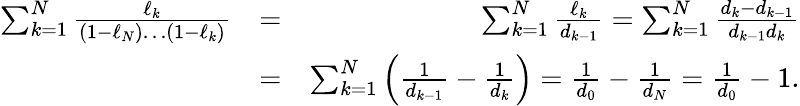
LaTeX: \begin{array}{rlr}{\sum_{k=1}^{N}\frac{\ell_{k}}{(1-\ell_{N})\ldots(1-\ell_{k})}}&{=}&{\sum_{k=1}^{N}\frac{\ell_{k}}{d_{k-1}}=\sum_{k=1}^{N}\frac{d_{k}-d_{k-1}}{d_{k-1}d_{k}}}\\ &{=}&{\sum_{k=1}^{N}\Big(\frac{1}{d_{k-1}}-\frac{1}{d_{k}}\Big)=\frac{1}{d_{0}}-\frac{1}{d_{N}}=\frac{1}{d_{0}}-1.}\end{array}